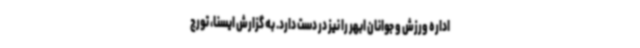
اداره ورزش و جوانان ابهر را نیز در دست دارد. به گزارش ایسنا، تورج